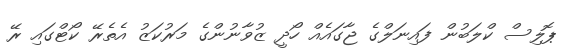
ޕޮލިސް ކްލަބުން ފައިނަލްގެ ޖާގައެއް ހޯދީ ޒުވާނުންގެ މަރުކަޒު އެތެރޭ ކޯޓްގައި ރޭ